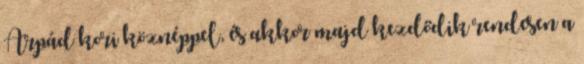
Árpád kori köznéppel, és akkor majd kezdődik rendesen a